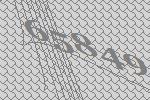
65849